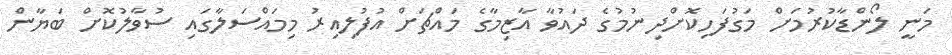
މަނީ ލޯންޑާކުރުމަށް މަގުފަހިކޮށްދިނުމުގެ ދައުވާ އާޒިމާގެ މައްޗަށް އުފުލިއިރު މިމައްސަލާގައި ސުވާލުކޮށް ބަޔާން